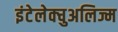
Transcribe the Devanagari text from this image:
इंटेलेक्चुअलिज्म